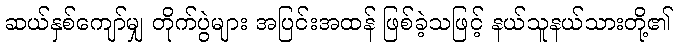
ဆယ်နှစ်ကျော်မျှ တိုက်ပွဲများ အပြင်းအထန် ဖြစ်ခဲ့သဖြင့် နယ်သူနယ်သားတို့၏